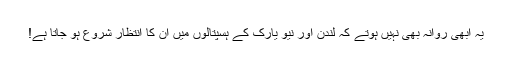
یہ ابھی روانہ بھی نہیں ہوتے کہ لندن اور نیو یارک کے ہسپتالوں میں ان کا انتظار شروع ہو جاتا ہے!